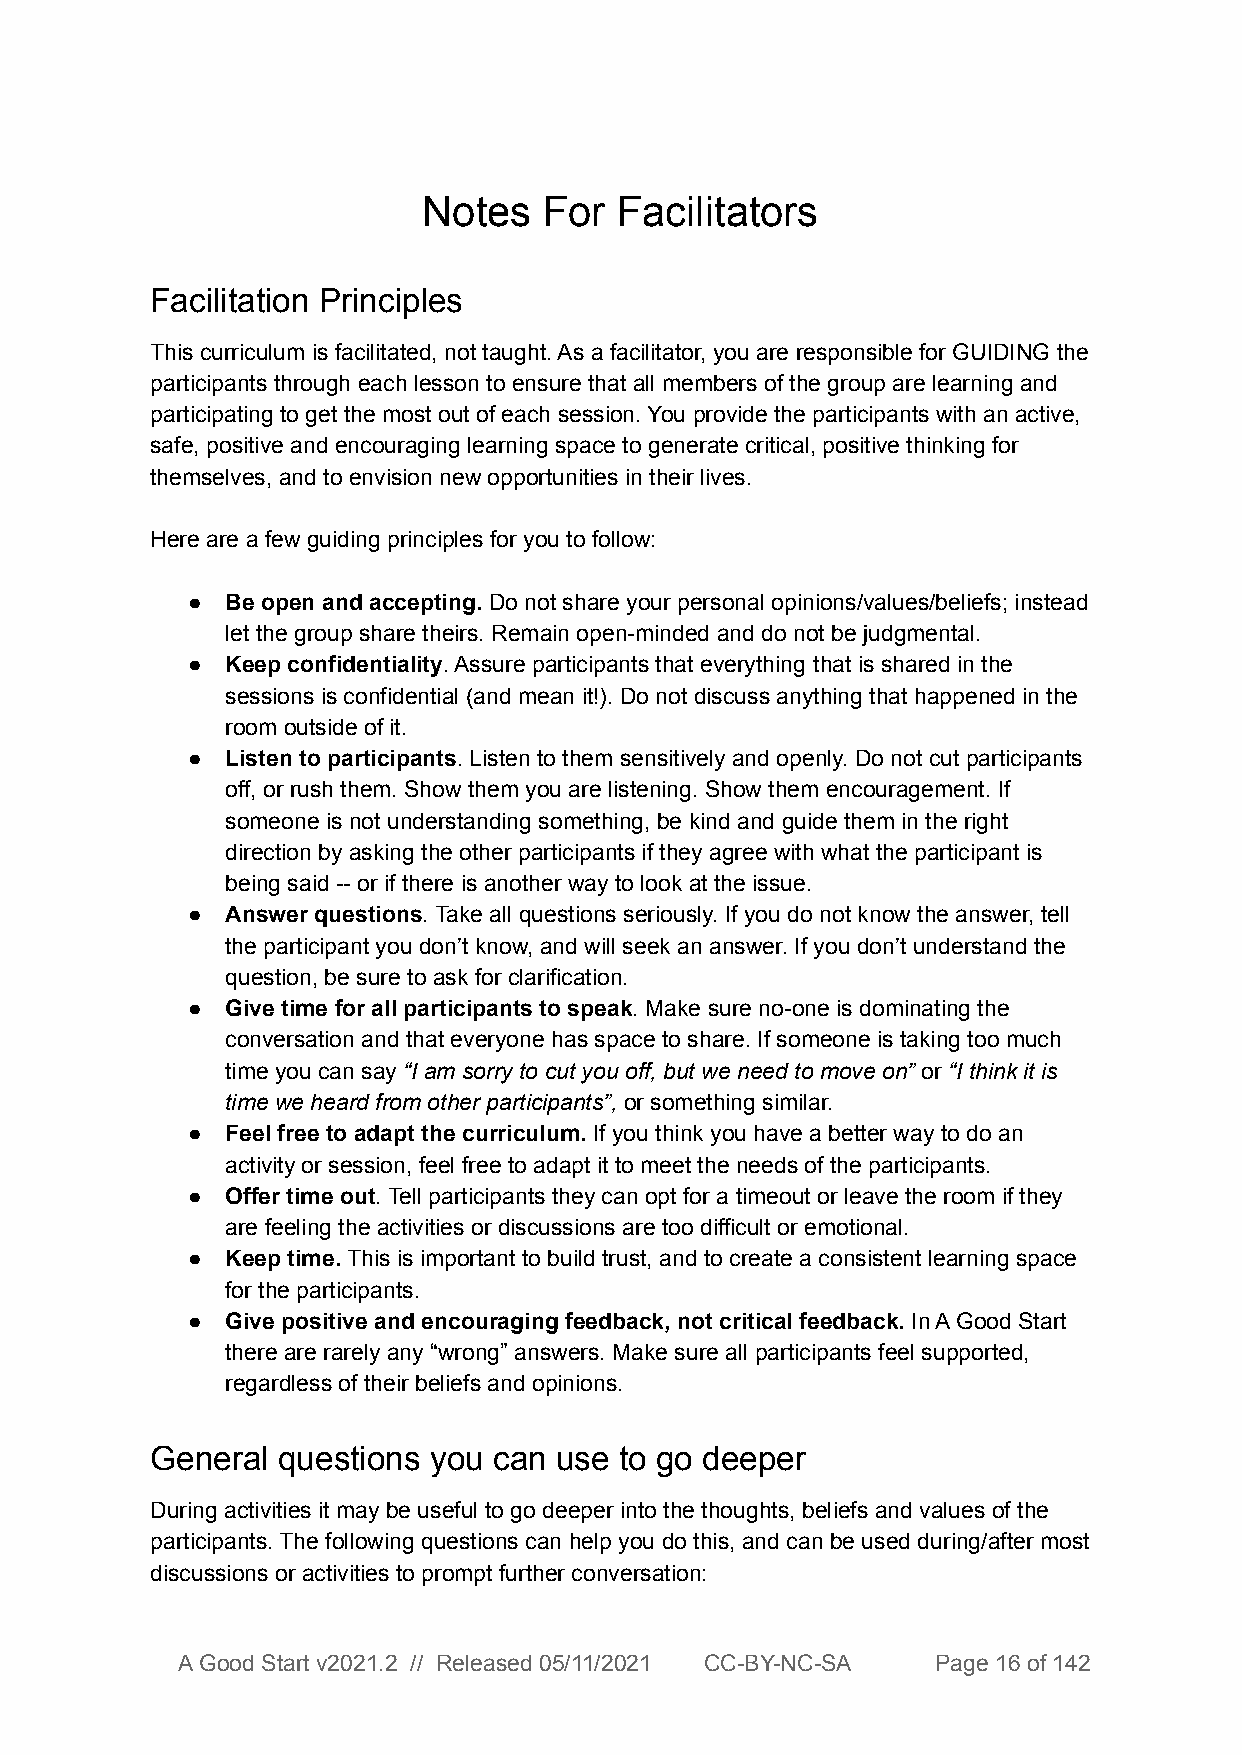
Notes   For  Facilitators
 Facilitation Principles
 This curriculum is facilitated, not taught. As a facilitator, you are responsible for GUIDING the
 participants through each lesson to ensure that all members of the group are learning and
 participating to get the most out of each session. You provide the participants with an active,
 safe, positive and encouraging learning space to generate critical, positive thinking for
 themselves, and to envision new opportunities in their lives.
 Here are a few guiding principles for you to follow:
 ●  Be open and accepting. Do not share your personal opinions/values/beliefs; instead
 let the group share theirs. Remain open-minded and do not be judgmental.
 ●  Keep confidentiality. Assure participants that everything that is shared in the
 sessions is confidential (and mean it!). Do not discuss anything that happened in the
 room outside of it.
 ●  Listen to participants. Listen to them sensitively and openly. Do not cut participants
 off, or rush them. Show them you are listening. Show them encouragement. If
 someone is not understanding something, be kind and guide them in the right
 direction by asking the other participants if they agree with what the participant is
 being said -- or if there is another way to look at the issue.
 ●  Answer questions. Take all questions seriously. If you do not know the answer, tell
 the participant you don’t know, and will seek an answer. If you don’t understand the
 question, be sure to ask for clarification.
 ●  Give time for all participants to speak. Make sure no-one is dominating the
 conversation and that everyone has space to share. If someone is taking too much
 time you can say “I am sorry to cut you off, but we need to move on” or “I think it is
 time we heard from other participants”, or something similar.
 ●  Feel free to adapt the curriculum. If you think you have a better way to do an
 activity or session, feel free to adapt it to meet the needs of the participants.
 ●  Offer time out. Tell participants they can opt for a timeout or leave the room if they
 are feeling the activities or discussions are too difficult or emotional.
 ●  Keep time. This is important to build trust, and to create a consistent learning space
 for the participants.
 ●  Give positive and encouraging feedback, not critical feedback. In A Good Start
 there are rarely any “wrong” answers. Make sure all participants feel supported,
 regardless of their beliefs and opinions.
 General questions you  can use to go deeper
 During activities it may be useful to go deeper into the thoughts, beliefs and values of the
 participants. The following questions can help you do this, and can be used during/after most
 discussions or activities to prompt further conversation:
 A Good Start v2021.2 // Released 05/11/2021 CC-BY-NC-SA Page 16 of 142